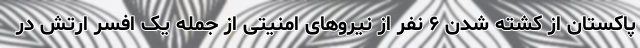
پاکستان از کشته شدن ۶ نفر از نیروهای امنیتی از جمله یک افسر ارتش در